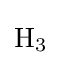
{\mathrm {H} {\vphantom {A}}_{\smash[{t}]{3}}}